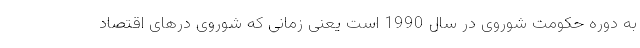
به دوره حکومت شوروی در سال 1990 است یعنی زمانی که شوروی درهای اقتصاد